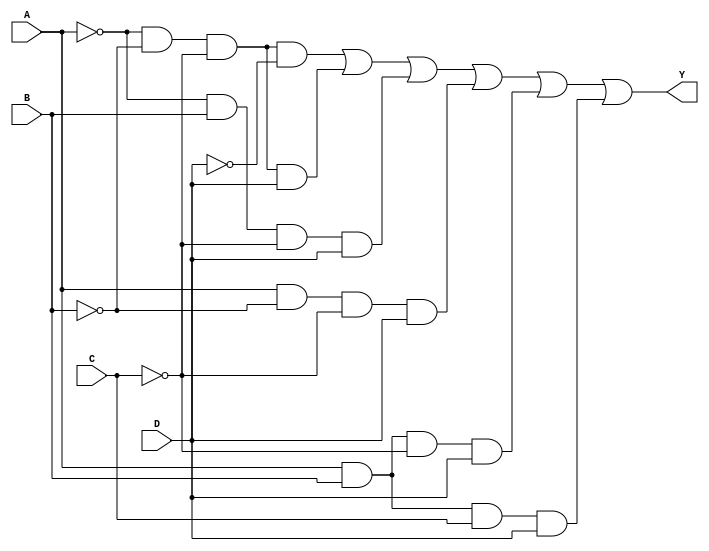
module four_variable_kmap (
    input wire A,  // Input variable A
    input wire B,  // Input variable B
    input wire C,  // Input variable C
    input wire D,  // Input variable D
    output wire Y  // Output Y
);

// Combinational logic implementation based on the derived Boolean expression
assign Y = (~A & ~B & ~C & ~D) |  // A'B'C'D'
           (~A & ~B & ~C & D)  |  // A'B'C'D
           (~A & B & ~C & D)   |  // A'BC'D
           (A & ~B & ~C & D)   |  // AB'C'D
           (A & B & ~C & D)    |  // ABC'D
           (A & B & C & D);       // ABCD

endmodule